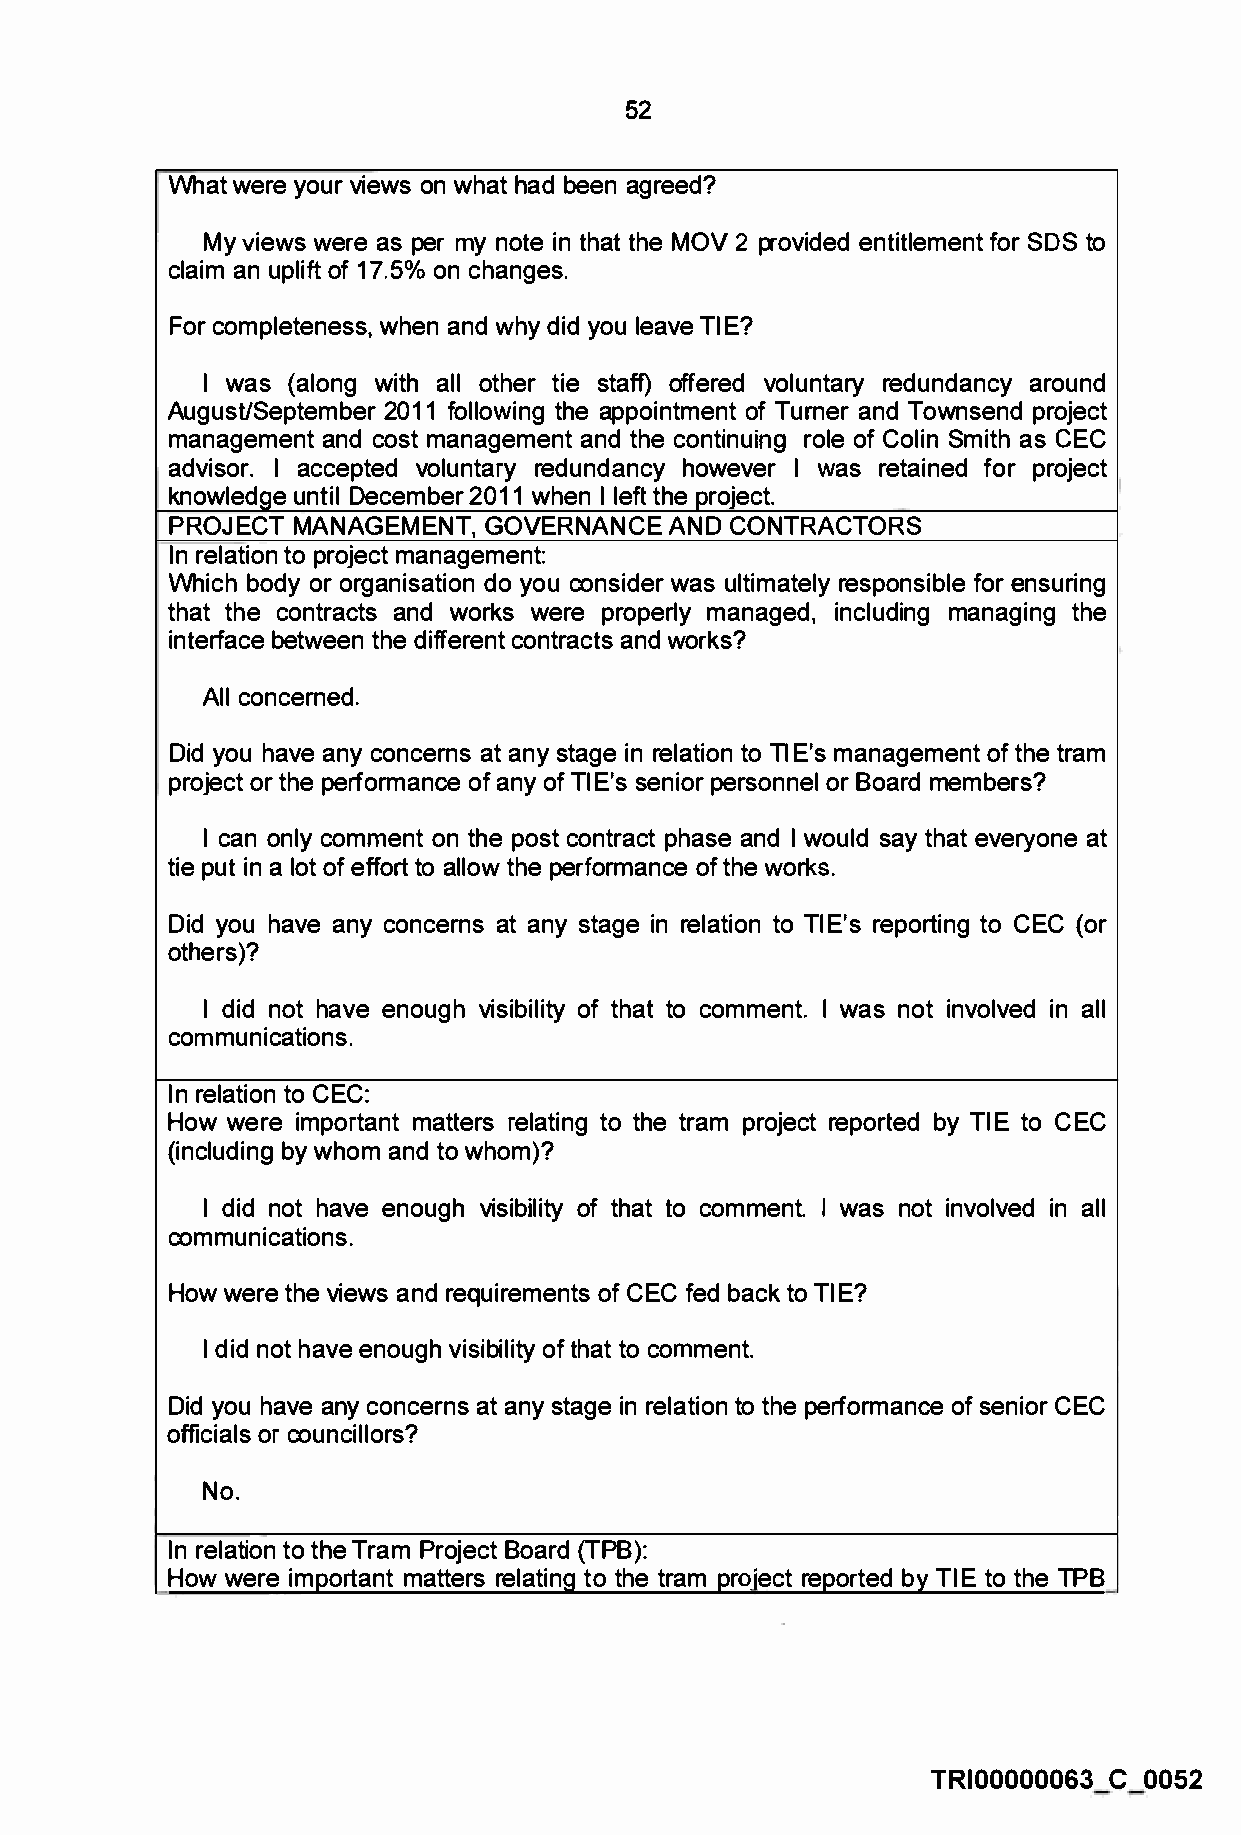
52
 What were your views on what had been agreed?
 My views were as per my note in that the MOV 2 provided entitlement for SOS to
 claim an uplift of 17.5% on changes.
 For completeness, when and why did you leave TIE?
 I was (along with all other tie staff) offered voluntary redundancy around
 August/September 2011 following the appointment of Turner and Townsend project
 management and cost management and the continuing role of Colin Smith as CEC
 advisor. I accepted voluntary redundancy however I was retained for project
 knowledge until December 2011 when I left the project.
 PROJECT MANAGEMENT,  GOVERNANCE  AND CONTRACTORS
 In relation to project management:
 Which body or organisation do you consider was ultimately responsible for ensuring
 that the contracts and works were properly managed, including managing the
 interface between the different contracts and works?
 All concerned.
 Did you have any concerns at any stage in relation to Tl E's management of the tram
 project or the performance of any of Tl E's senior personnel or Board members?
 I can only comment on the post contract phase and I would say that everyone at
 tie put in a lot of effort to allow the performance of the works.
 Did you have any concerns at any stage in relation to TIE's reporting to CEC (or
 others)?
 I did not have enough visibility of that to comment. I was not involved in all
 communications.
 In relation to CEC:
 How were important matters relating to the tram project reported by TIE to CEC
 (including by whom and to whom)?
 I did not have enough visibility of that to comment. I was not involved in all
 communications.
 How were the views and requirements of CEC fed back to TIE?
 I did not have enough visibility of that to comment.
 Did you have any concerns at any stage in relation to the performance of senior CEC
 officials or councillors?
 No.
 In relation to the Tram Project Board (TPB):
 How were important matters relating to the tram project reported by TIE to the TPB
 TRI00000063 C 0052